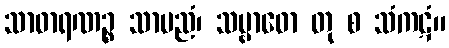
သာဓာရဏဉ္စ သာမညံ၊ သမ္ဗာဓော တု စ သံကဋံ။